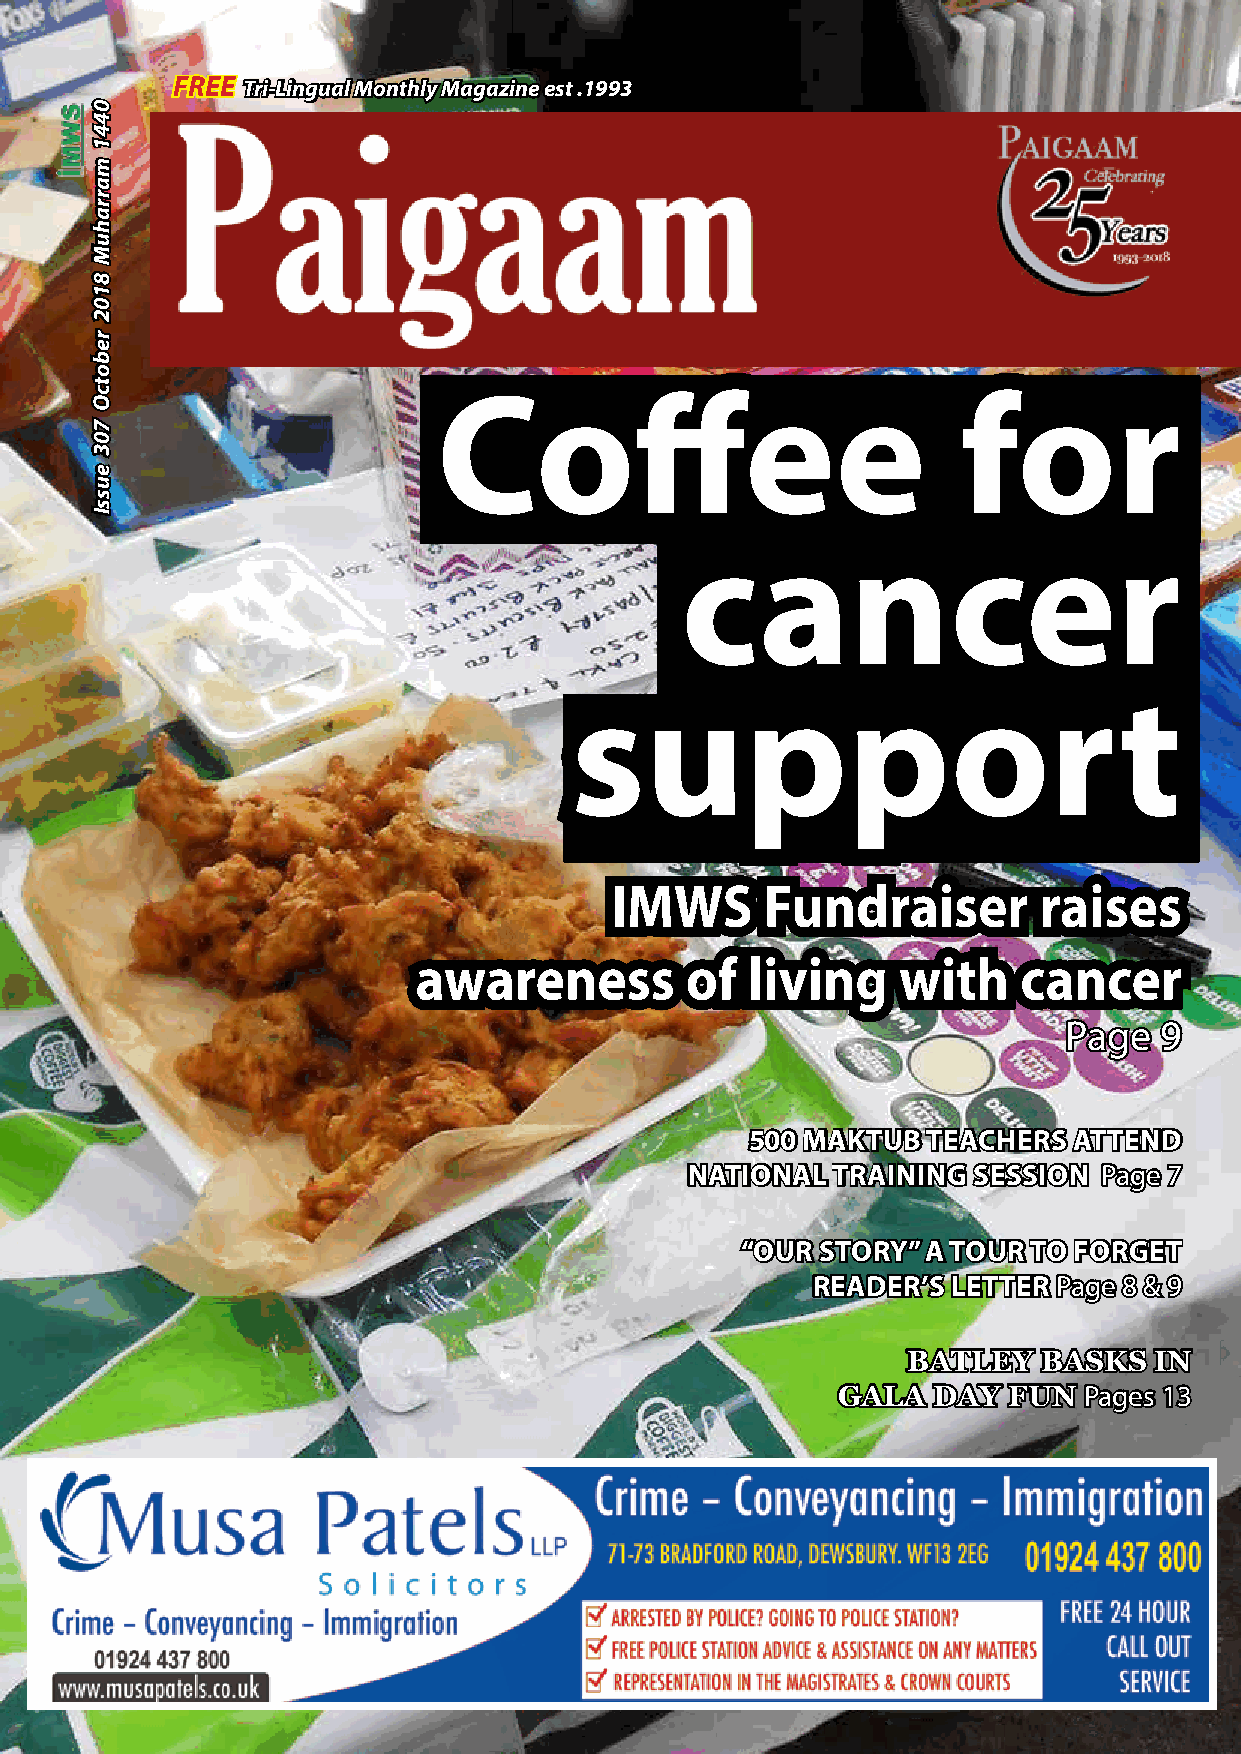
FREE Tri-Lingual Monthly Magazine est .1993
 Coffee                             for
 cancer
 support
 IMWS       Fundraiser        raises
 awareness         of  living    with     cancer
 Page   9
 500 MAKTUB TEACHERS  ATTEND
 NATIONAL  TRAINING SESSION  Page 7
 “OUR STORY” A TOUR TO FORGET
 READER’S LETTER Page 8 & 9
 BATLEY   BASKS  IN
 GALA   DAY  FUN  Pages 13
 0441
 marrahuM
 8102
 rebotcO
 703
 eussI